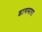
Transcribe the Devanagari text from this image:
डागमारा